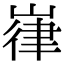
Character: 嵂